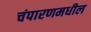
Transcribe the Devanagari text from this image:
चंपारणमधील